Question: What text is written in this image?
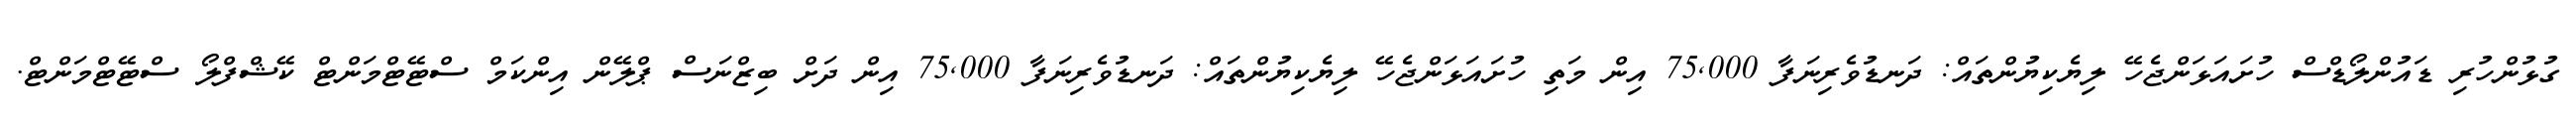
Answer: ގުޅުންހުރި ޑައުންލޯޑްސް ހުށައަޅަންޖެހޭ ލިޔެކިޔުންތައް: ދަނޑުވެރިނަފާ 75,000 އިން މަތި ހުށައަޅަންޖެހޭ ލިޔެކިޔުންތައް: ދަނޑުވެރިނަފާ 75,000 އިން ދަށް ބިޒްނަސް ޕްލޭން އިންކަމް ސްޓޭޓްމަންޓް ކޭޝްފްލޯ ސްޓޭޓްމަންޓް.